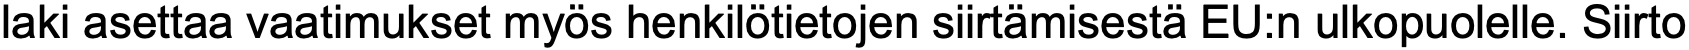
laki asettaa vaatimukset myös henkilötietojen siirtämisestä EU:n ulkopuolelle. Siirto